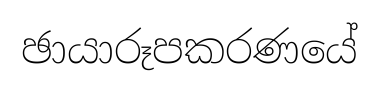
ඡායාරූපකරණයේ